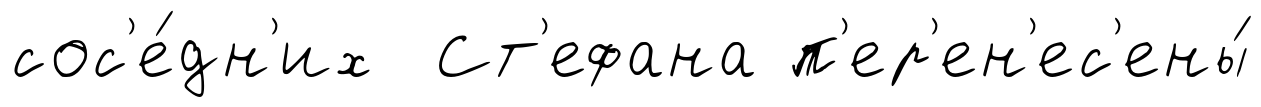
сос'е́дн'их Ст'ефана п'ер'ен'ес'ены́